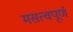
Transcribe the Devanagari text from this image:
मसत्वपूर्ण